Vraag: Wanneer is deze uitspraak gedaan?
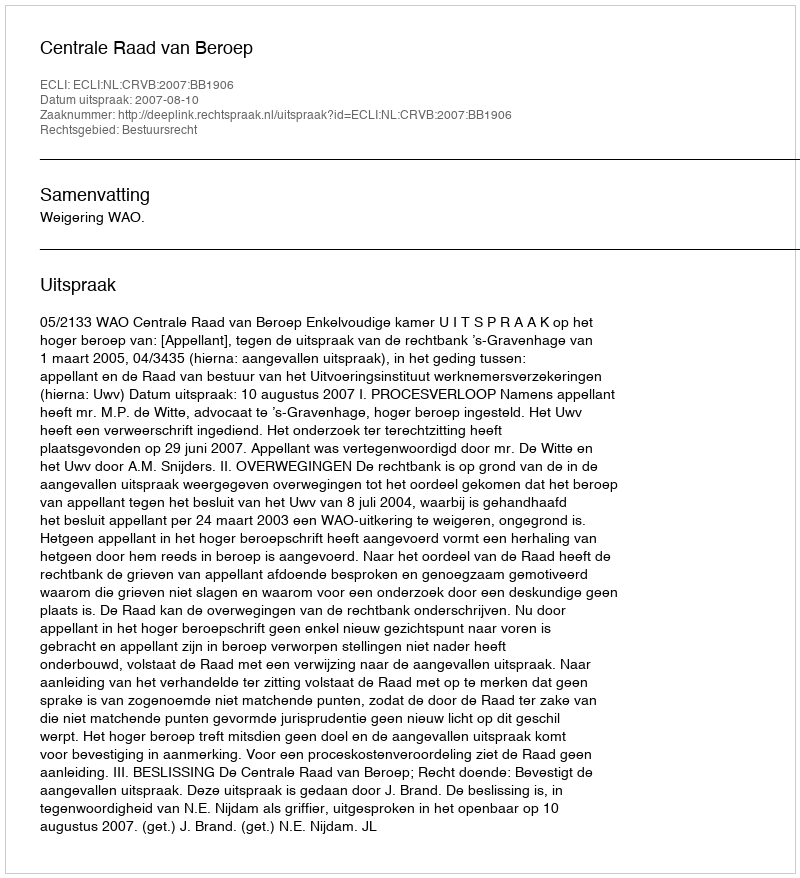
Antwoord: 2007-08-10